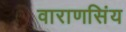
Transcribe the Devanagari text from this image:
वाराणसिंय